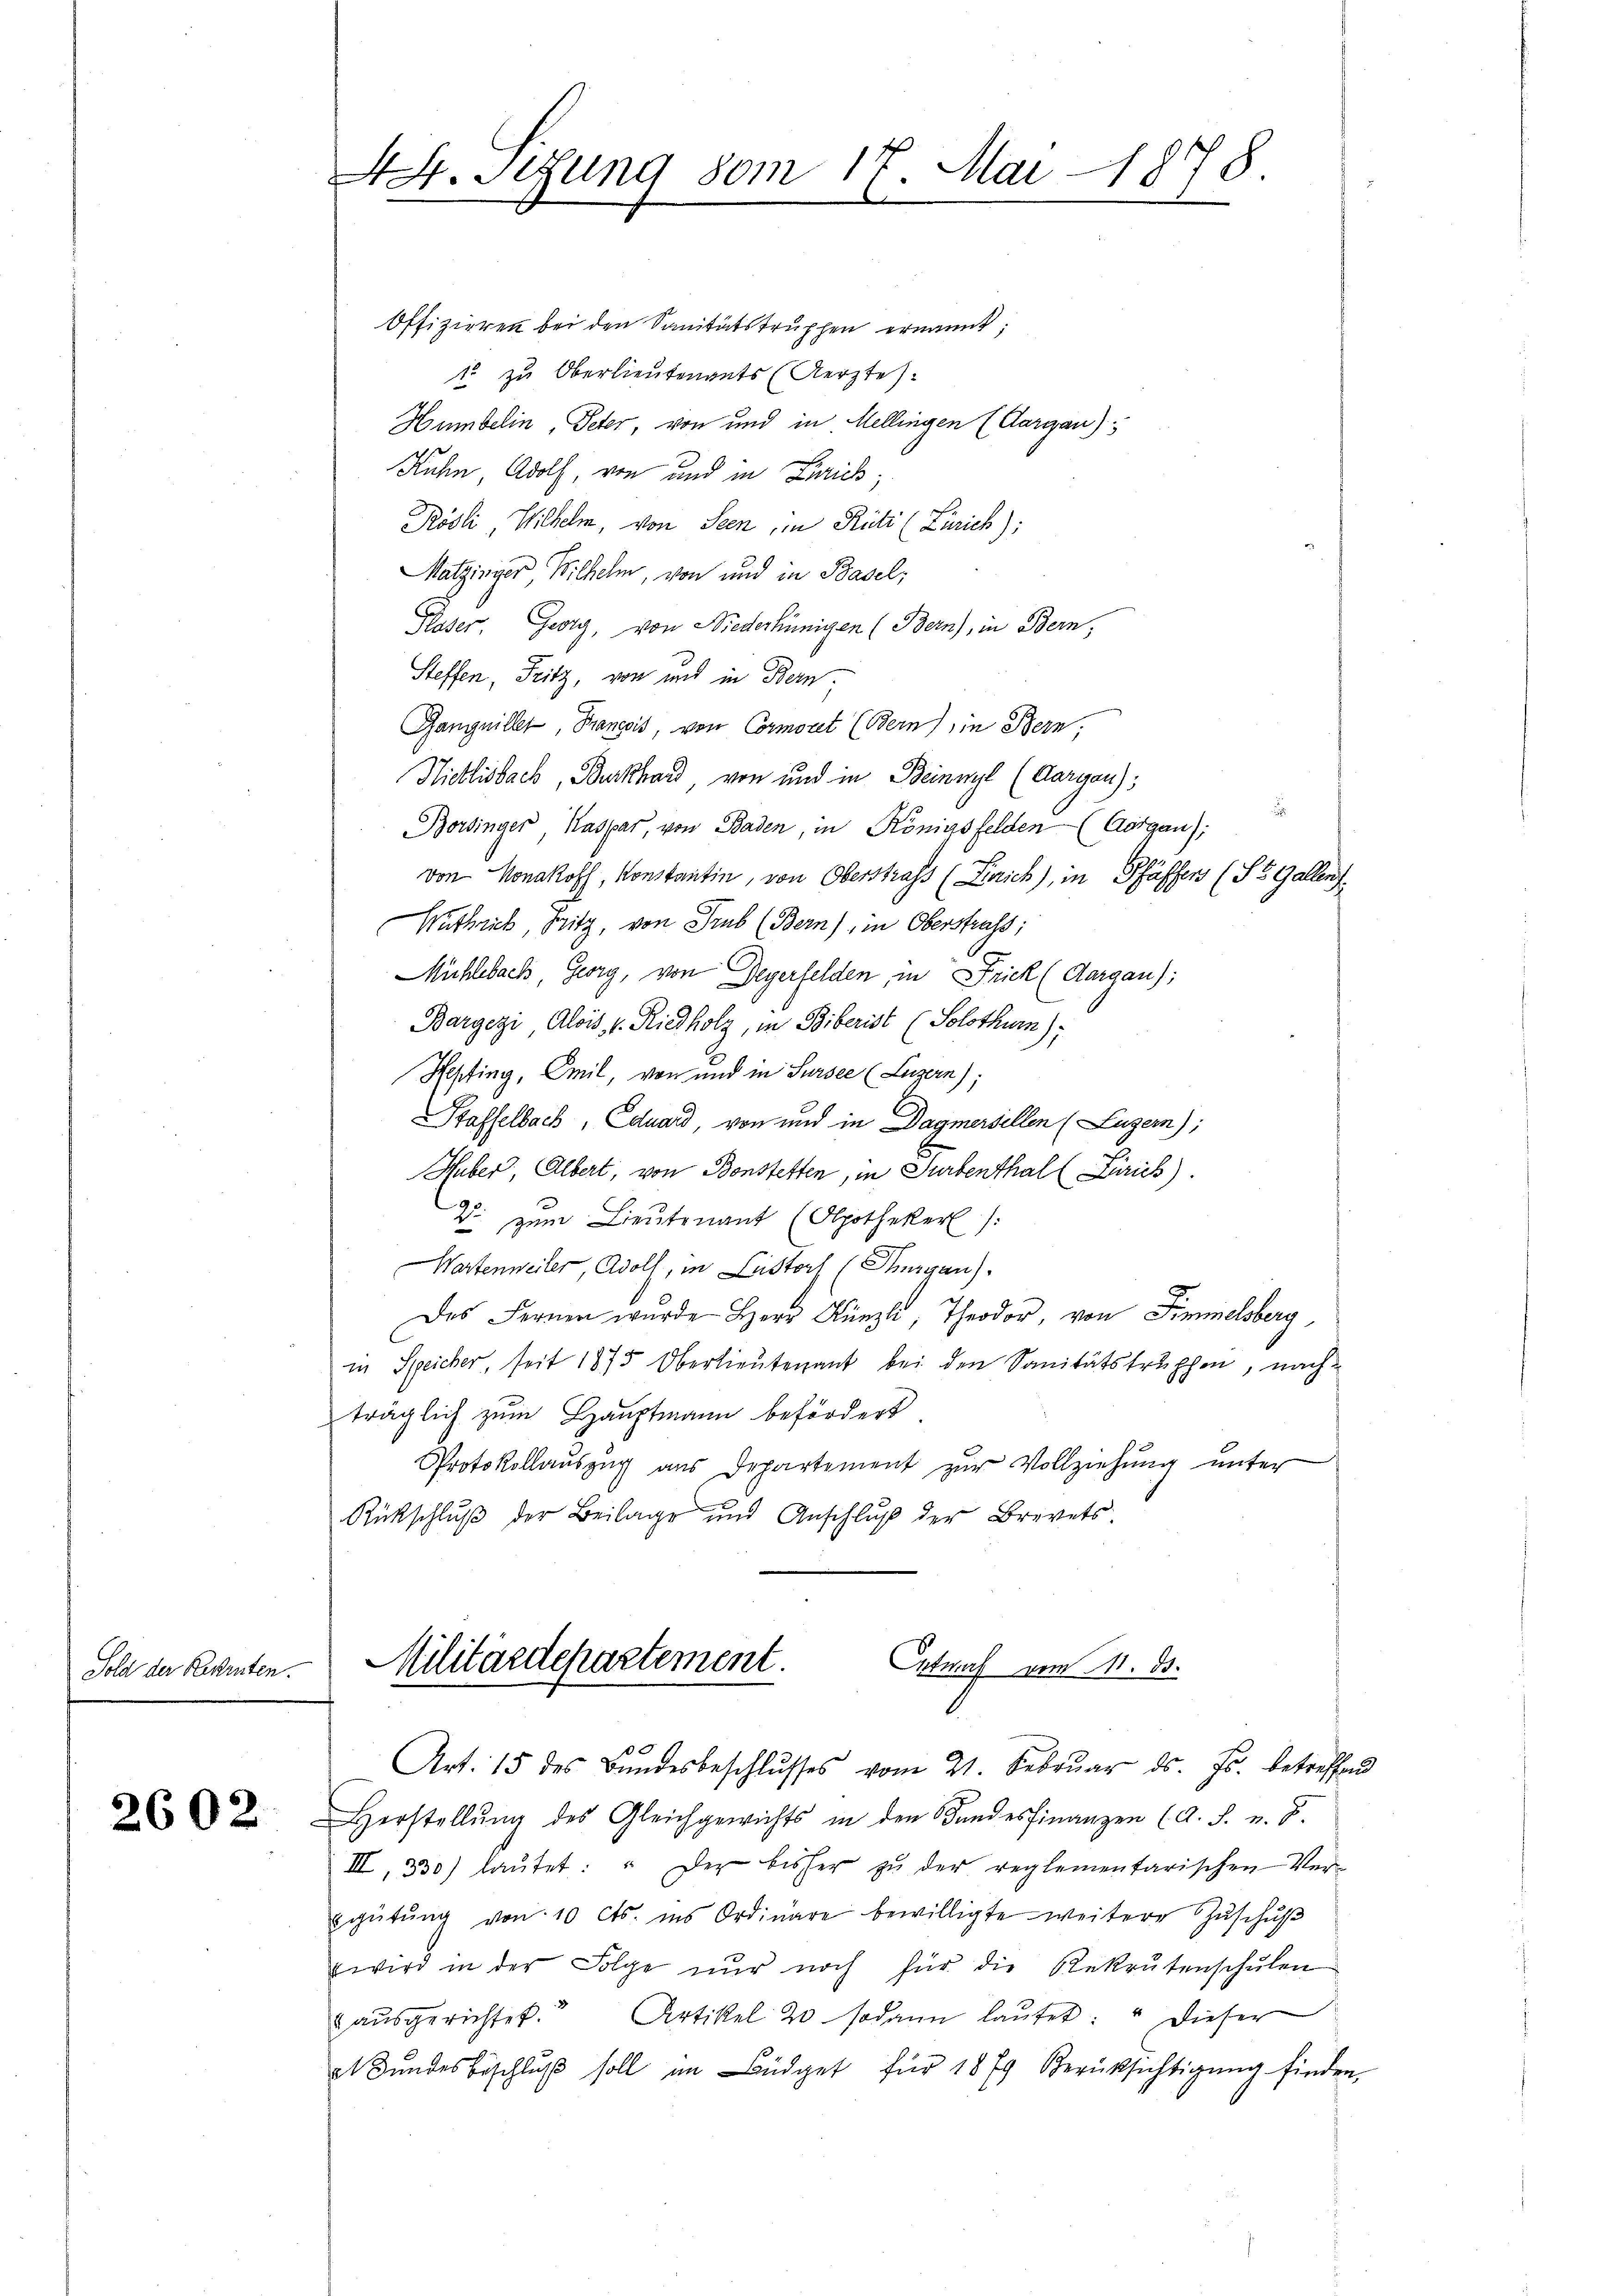
Sold der Rekruten.

2602

Offizieren bei den Sanitätstruppen ernannt;
1 zu Oberlieutenants (Aerztes
Humbelin Peter von und in Mellingen (Aargau)
Kahn Adolf, von und in Zürich;
Rödli, Wilhelm, von Seen, in Rüti (Zürich);
Matzinger Wilhelm, von und in Basel,
Kaser, Georg, von Niederhünigen (Bern), in Bern,
Steffen, Fritz, von und in Bern,
Ganynillet, Francois, von Cormort (Bern) in Bern.
Nietlisbach, Burkhard, von und in Beinwyl (Aargau);
.
Borsinger Kaspar, von Baden, in Königsfelden (Aargau)
von Monakoff, Konstantin, von Oberstrafs (Einrich), in Pfäffers (St. Gallens
Kuthik, Sitz, von Trub (Bern), in Oberstrafs;
Mühlebach, Georg, von Degerfelden, in Frick (Aargau);
Bargezi Alois, v. Riedholz, in Biberist (Solothurn):
Hepting, Emil, von und in Sursee (Luzern),
Staffelbach, Eduard, von und in Dagmersellen (Luzern);
Huber, Albert, von Bonstetten, in Turbenthal (Zürich).
2. zum Lieutenant (Alpothekerl /:
Wartenweiler, Adolf, in Lastorf (Thurgau).
J.
des Fernen wurde Herr Künzli, Theodor, von Simmelsberg,
in Speicher, seit 1875 Oberlieutenant bei den Sanitätstruppen, nach
träglich zum Hauptmann befördert
Protokollauszug aus Departement zur Vollziehung unter
Rückschluß der Beilage und Anschluß der Brevets
Militärdepartement.

44. Sitzung vom 17. Mai 1878.
1

Entwurf vom 11. ds.
.

Art. 15 des Bundesbeschlŭsses vom 21. Febrŭar ds. Js. betreffend
Herstellŭng des Gleichgewichts in den andesfinanzen (A. F. u. S.
III, 330) laŭtet: " Der bisher zŭ der reglementarischen Ver-
gütŭng von 10 cts. ins Ordinare bewilligte weitere Zŭschŭβ
wird in der Folge nur noch für die Rekrutenschulen
aŭsgerichtet. Artikel 20 sodann laŭtet: " dieser
a Bŭndesbeschlŭβ soll im Büdget für 18 f. Berücksichtigŭng finden,